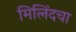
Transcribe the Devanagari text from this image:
मिलिंदचा